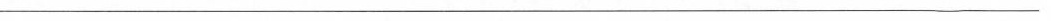
______